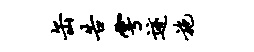
缶告雩迹施